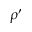
\rho ^ { \prime }